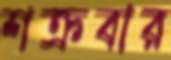
শক্রবার